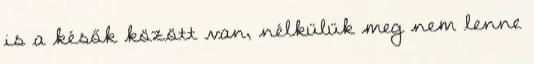
is a késők között van, nélkülük meg nem lenne